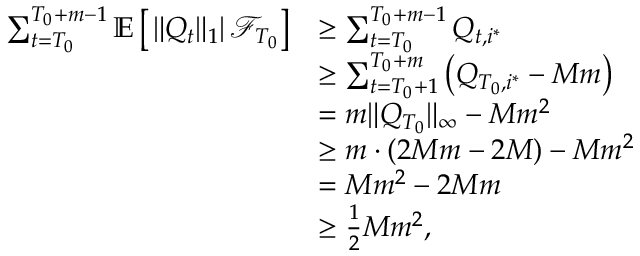
\begin{array} { r l } { \sum _ { t = T _ { 0 } } ^ { T _ { 0 } + m - 1 } \mathbb E \left[ \left. \lVert Q _ { t } \rVert _ { 1 } \right\rvert \mathcal F _ { T _ { 0 } } \right] } & { \ge \sum _ { t = T _ { 0 } } ^ { T _ { 0 } + m - 1 } Q _ { t , i ^ { * } } } \\ & { \ge \sum _ { t = T _ { 0 } + 1 } ^ { T _ { 0 } + m } \left( Q _ { T _ { 0 } , i ^ { * } } - M m \right) } \\ & { = m \lVert Q _ { T _ { 0 } } \rVert _ { \infty } - M m ^ { 2 } } \\ & { \ge m \cdot ( 2 M m - 2 M ) - M m ^ { 2 } } \\ & { = M m ^ { 2 } - 2 M m } \\ & { \ge \frac 1 2 M m ^ { 2 } , } \end{array}